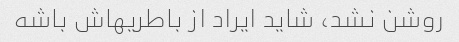
روشن نشد، شاید ایراد از باطریهاش باشه